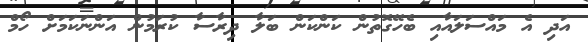
އަދި އެ މައްސަލައާއި ބެހޭގޮތުން ކަންކަން ބަލާ ދިރާސާ ކުރަމުން އަންނަކަމަށް ހޯމް